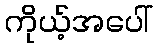
ကိုယ့်အပေါ်